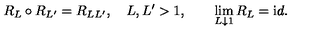
R _ { L } \circ R _ { L ^ { \prime } } = R _ { L L ^ { \prime } } , \quad L , L ^ { \prime } > 1 , \qquad \lim _ { L \downarrow 1 } R _ { L } = { \mathrm i d } .